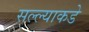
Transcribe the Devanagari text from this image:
सल्ल्याकडे